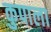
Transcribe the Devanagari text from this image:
कुपाला